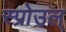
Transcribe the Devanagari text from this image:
स्प्रोउल्